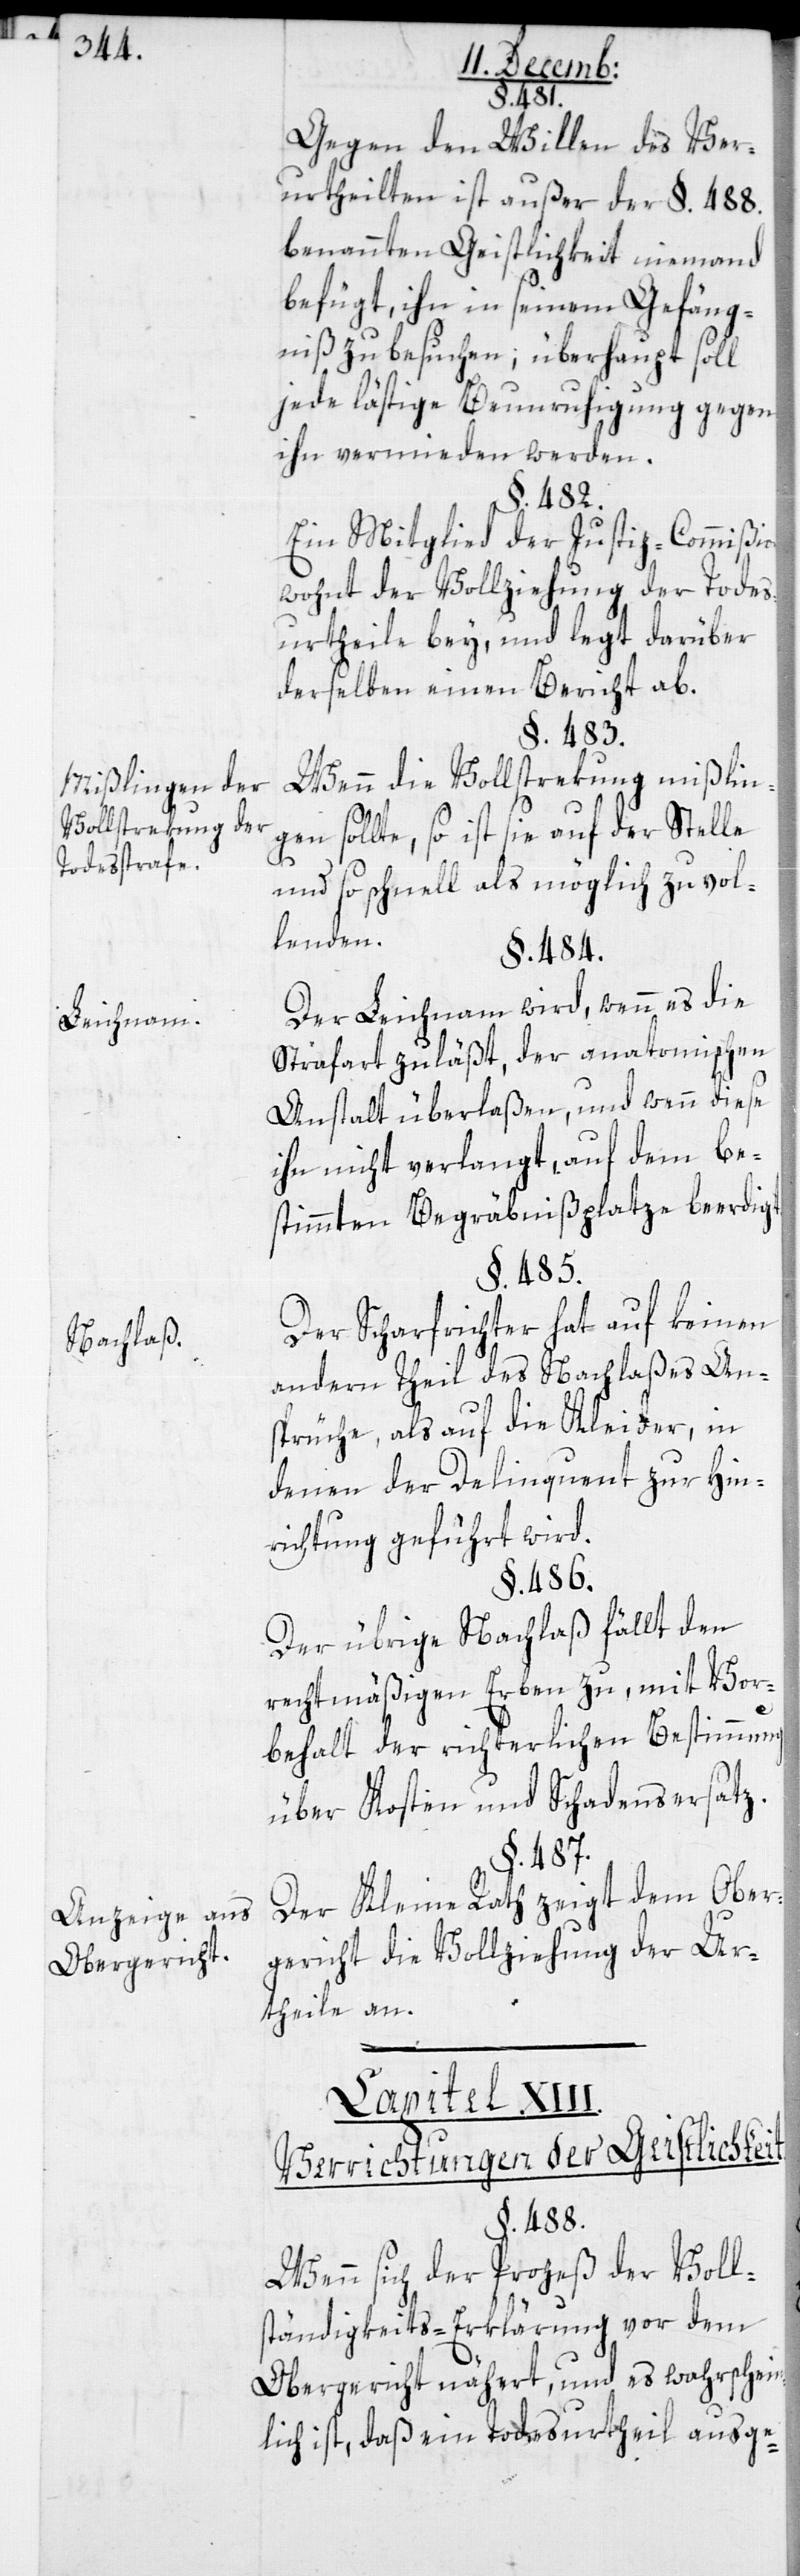
den

Mißlingen der
Vollstrekung der
Todesstrafe.
Leichnam.
Nachlaß
Anzeige ans
Obergericht.

Gegen den Willen des Ver¬
urtheilten ist außer der §. 488.
benannten Geistlichkeit niemand
befügt, ihn in seinem Gefäng¬
niß zu besuchen, überhaupt soll
jede lästige Beunruhigung gegen
ihn vermieden werden.
§. 482.
Ein Mitglied der Justiz-Commißion
wohnt der Vollziehung der Todes¬
urtheile bey und legt darüber
derselben einen Bericht ab.
§. 483.
Wenn die Vollstrekung mißlin¬
gen sollte, so ist sie auf der Stelle
und so schnell als möglich zu vol¬
lenden.
§. 484.
Der Leichnam wird, wenn es die
Strafart zuläßt, der anatomischen
Anstalt überlaßen, und wenn diese
ihn nicht verlangt, auf dem be¬
stimmten Begräbnißplatze beerdig¬
Der Scharfrichter hat auf keinen
andern Theil des Nachlaßes An¬
sprüche, als auf die Kleider, in
denen der Delinquent zur Hin¬
richtung geführt wird.
§. 486.
rechtmäßigen Erben zu, mit Vor¬
behalt der richterlichen Bestimmung
über Kosten und Schadensersatz.
§. 487.
Der Kleine Rath zeigt dem Ober¬
gericht die Vollziehung der Ur¬
theile an.
Capitel XIII.
Verrichtungen der Geistlichkeit.
§. 488.
Wenn sich der Prozeß der Voll¬
ständigkeits-Erklärung vor dem
Obergericht nähert, und es wahrschein¬
lich ist, daß ein Todesurtheil ausge-